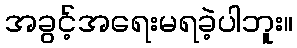
အခွင့်အရေးမရခဲ့ပါဘူး။